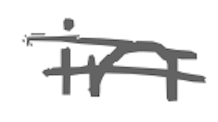
Text: in
Cross-out: double-line
Writing tool: digital_gray